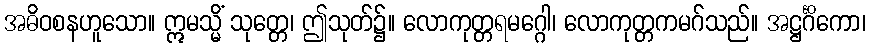
အဓိဝစနဟူသော။ ဣမသ္မိံ သုတ္တေ၊ ဤသုတ်၌။ လောကုတ္တရမဂ္ဂေါ၊ လောကုတ္တကမဂ်သည်။ အဋ္ဌင်္ဂိကော၊